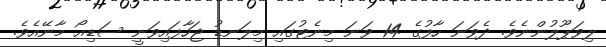
ލިވަޕޫލުންނެވެ. ދެވަނަ ހާފުގެ 14 ވަނަ މިނެޓުގައި މިލަނޑު ޖަހާފައިވަނީ ސަޑިއޯ މާނޭއެވެ.